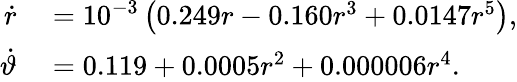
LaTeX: \begin{array}{rl}{\dot{r}}&{{}=10^{-3}\left(0.249r-0.160r^{3}+0.0147r^{5}\right),}\\ {\dot{\vartheta}}&{{}=0.119+0.0005r^{2}+0.000006r^{4}.}\end{array}